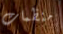
منظمات